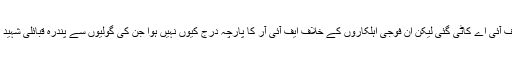
وہ کہہ رہے تھے کہ ہمارے خلاف تو ایف آئی اے کاٹی گئی لیکن ان فوجی اہلکاروں کے خلاف ایف آئی آر کا پارچہ درج کیوں نہیں ہوا جن کی گولیوں سے پندرہ قبائلی شہید اور چالیس کے قریب زخمی ہوئے تھے؟